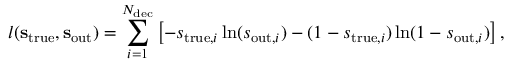
l ( { \bf s } _ { \mathrm { t r u e } } , { \bf s } _ { \mathrm { o u t } } ) = \sum _ { i = 1 } ^ { N _ { \mathrm { d e c } } } \left[ - { s } _ { \mathrm { t r u e } , i } \ln ( { s } _ { \mathrm { o u t } , i } ) - ( 1 - { s } _ { \mathrm { t r u e } , i } ) \ln ( 1 - { s } _ { \mathrm { o u t } , i } ) \right] ,